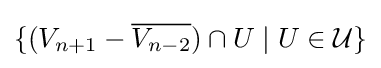
\{(V_{n+1}-{\overline {V_{n-2}}})\cap U\mid U\in {\mathcal {U}}\}